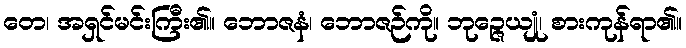
တေ၊ အရှင်မင်းကြီး၏။ ဘောဇနံ၊ ဘောဇဉ်ကို။ ဘုဉ္ဇေယျုံ၊ စားကုန်ရာ၏။